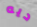
ديه